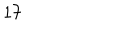
LaTeX: 1 7